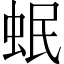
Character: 𧉬